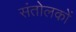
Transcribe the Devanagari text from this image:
संतोलकों